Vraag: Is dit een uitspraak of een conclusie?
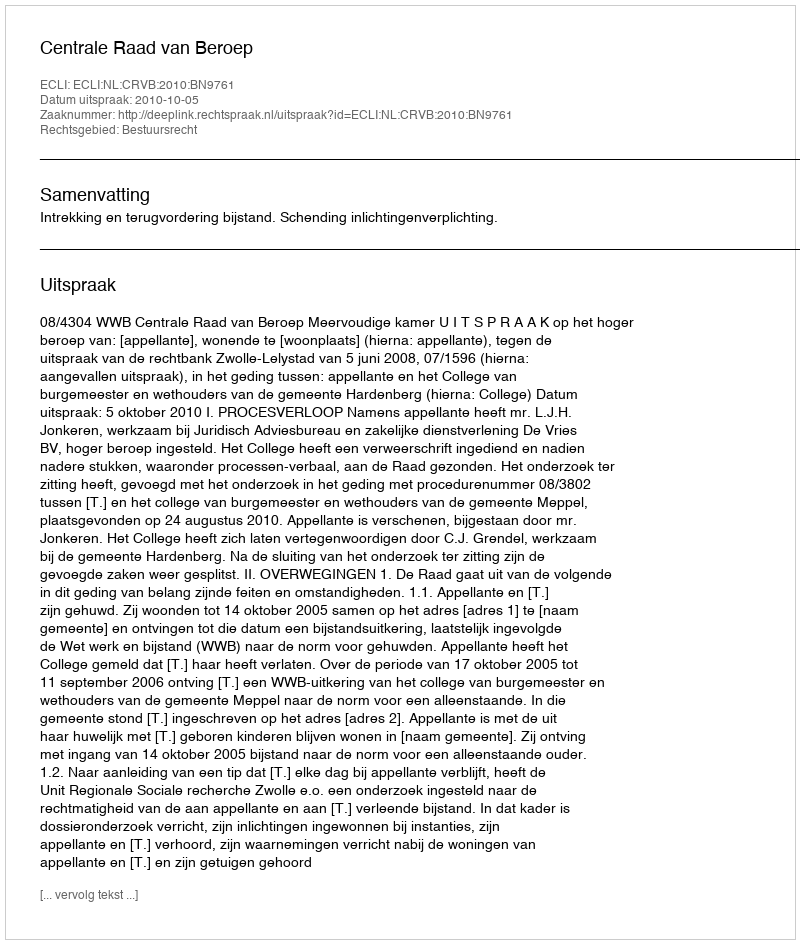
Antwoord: Uitspraak